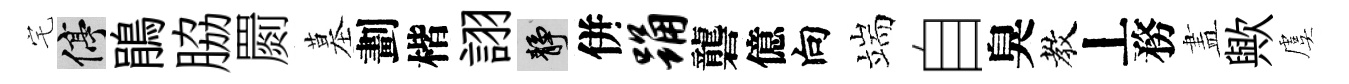
宅停鵑脇罽墓劃楷詡靜併踊礱億向端自臭教丄務𥁞歟虞